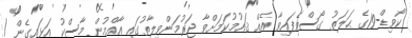
ކޯވިޑް-19ގެ ޙަލަތު ގޯސްވެފައިވާ އެއް ޤައުމުކަމަށްވާ ޖަރުމަންވިލާތުގައި ޢާއްމުން މާސްކު އަޅައިގެން /